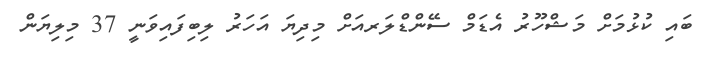
ބައި ކުޅުމަށް މަޝްހޫރު އެޑަމް ސޭންޑްލަރއަށް މިދިޔަ އަހަރު ލިބިފައިވަނީ 37 މިލިޔަން